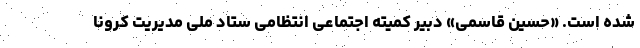
شده است. «حسین قاسمی» دبیر کمیته اجتماعی انتظامی ستاد ملی مدیریت کرونا